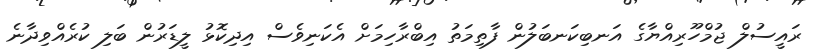
ރައީސުލް ޖުމްހޫރިއްޔާގެ އަނބިކަނބަލުން ފާތިމަތު އިބްރާހިމަށް އެކަނިވެސް އިދިކޮޅު ލީޑަރުން ބަލި ކުރެއްވިދާނެ